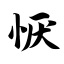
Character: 恹